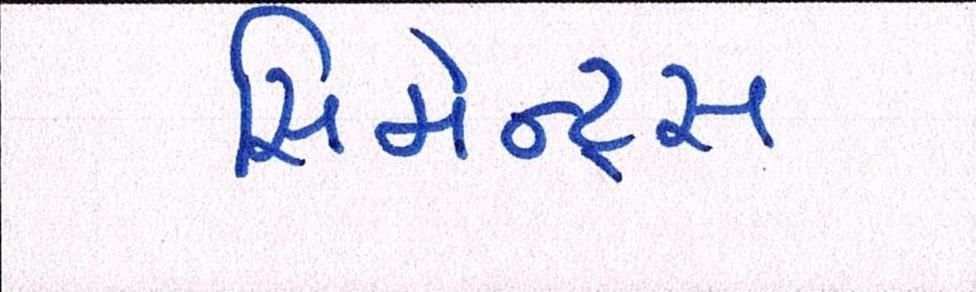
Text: સિમેન્ટ્સ